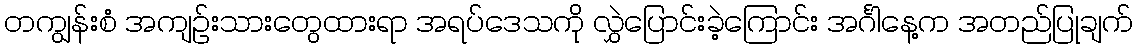
တကျွန်းစံ အကျဥ်းသားတွေထားရာ အရပ်ဒေသကို လွှဲပြောင်းခဲ့ကြောင်း အင်္ဂါနေ့က အတည်ပြုချက်